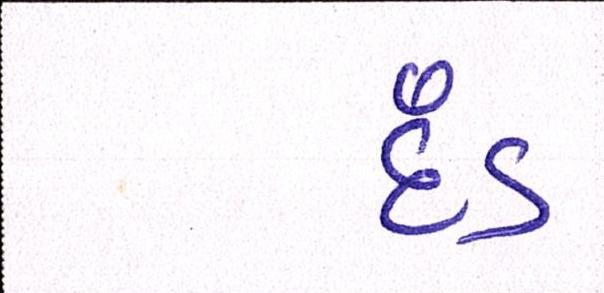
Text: દંડ